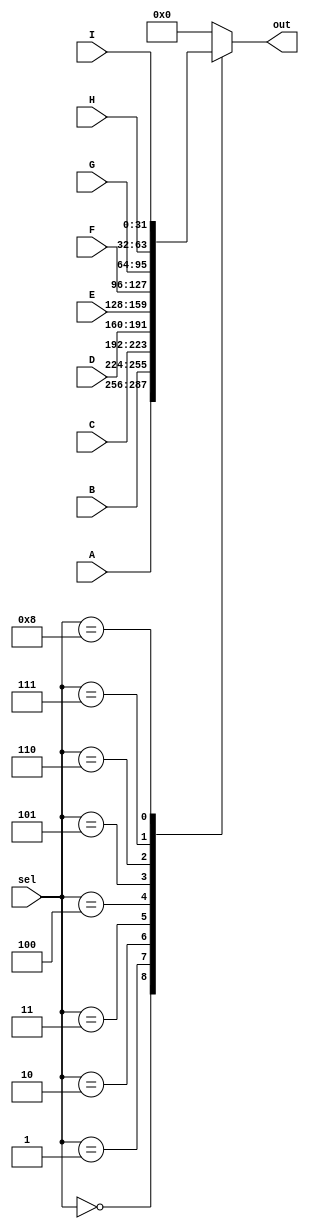
module mux91 #(
    parameter width=32
) (
     A,B,C,D,E,F,G,H,I,out,sel
);
input [width-1:0] A,B,C,D,E,F,G,H,I;
output reg [width-1:0] out;
input [3:0] sel;
    always @(*)
    begin
        case (sel)
            4'b0000:  out= A;
            4'b0001: out =B;
            4'b0010:  out= C;
            4'b0011: out =D;
            4'b0100:  out= E;
            4'b0101: out =F;
            4'b0110:  out= G;
            4'b0111: out =H;
            4'b1000:  out= I;
            default : out =0;

        endcase
    end

endmodule